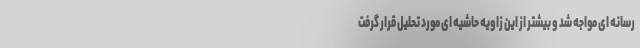
رسانه ای مواجه شد و بیشتر از این زاویه حاشیه ای مورد تحلیل قرار گرفت